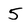
Character: 5